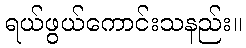
ရယ်ဖွယ်ကောင်းသနည်း။